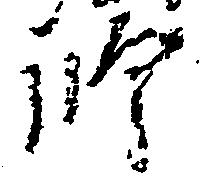
師